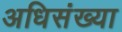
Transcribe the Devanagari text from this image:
अधिसंख्या